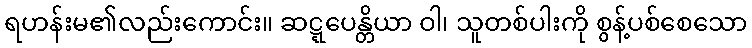
ရဟန်းမ၏လည်းကောင်း။ ဆဋ္ဋပေန္တိယာ ဝါ၊ သူတစ်ပါးကို စွန့်ပစ်စေသော